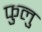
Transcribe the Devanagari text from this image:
फुलु